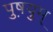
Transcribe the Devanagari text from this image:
पुष़युम्